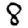
Digit: 8